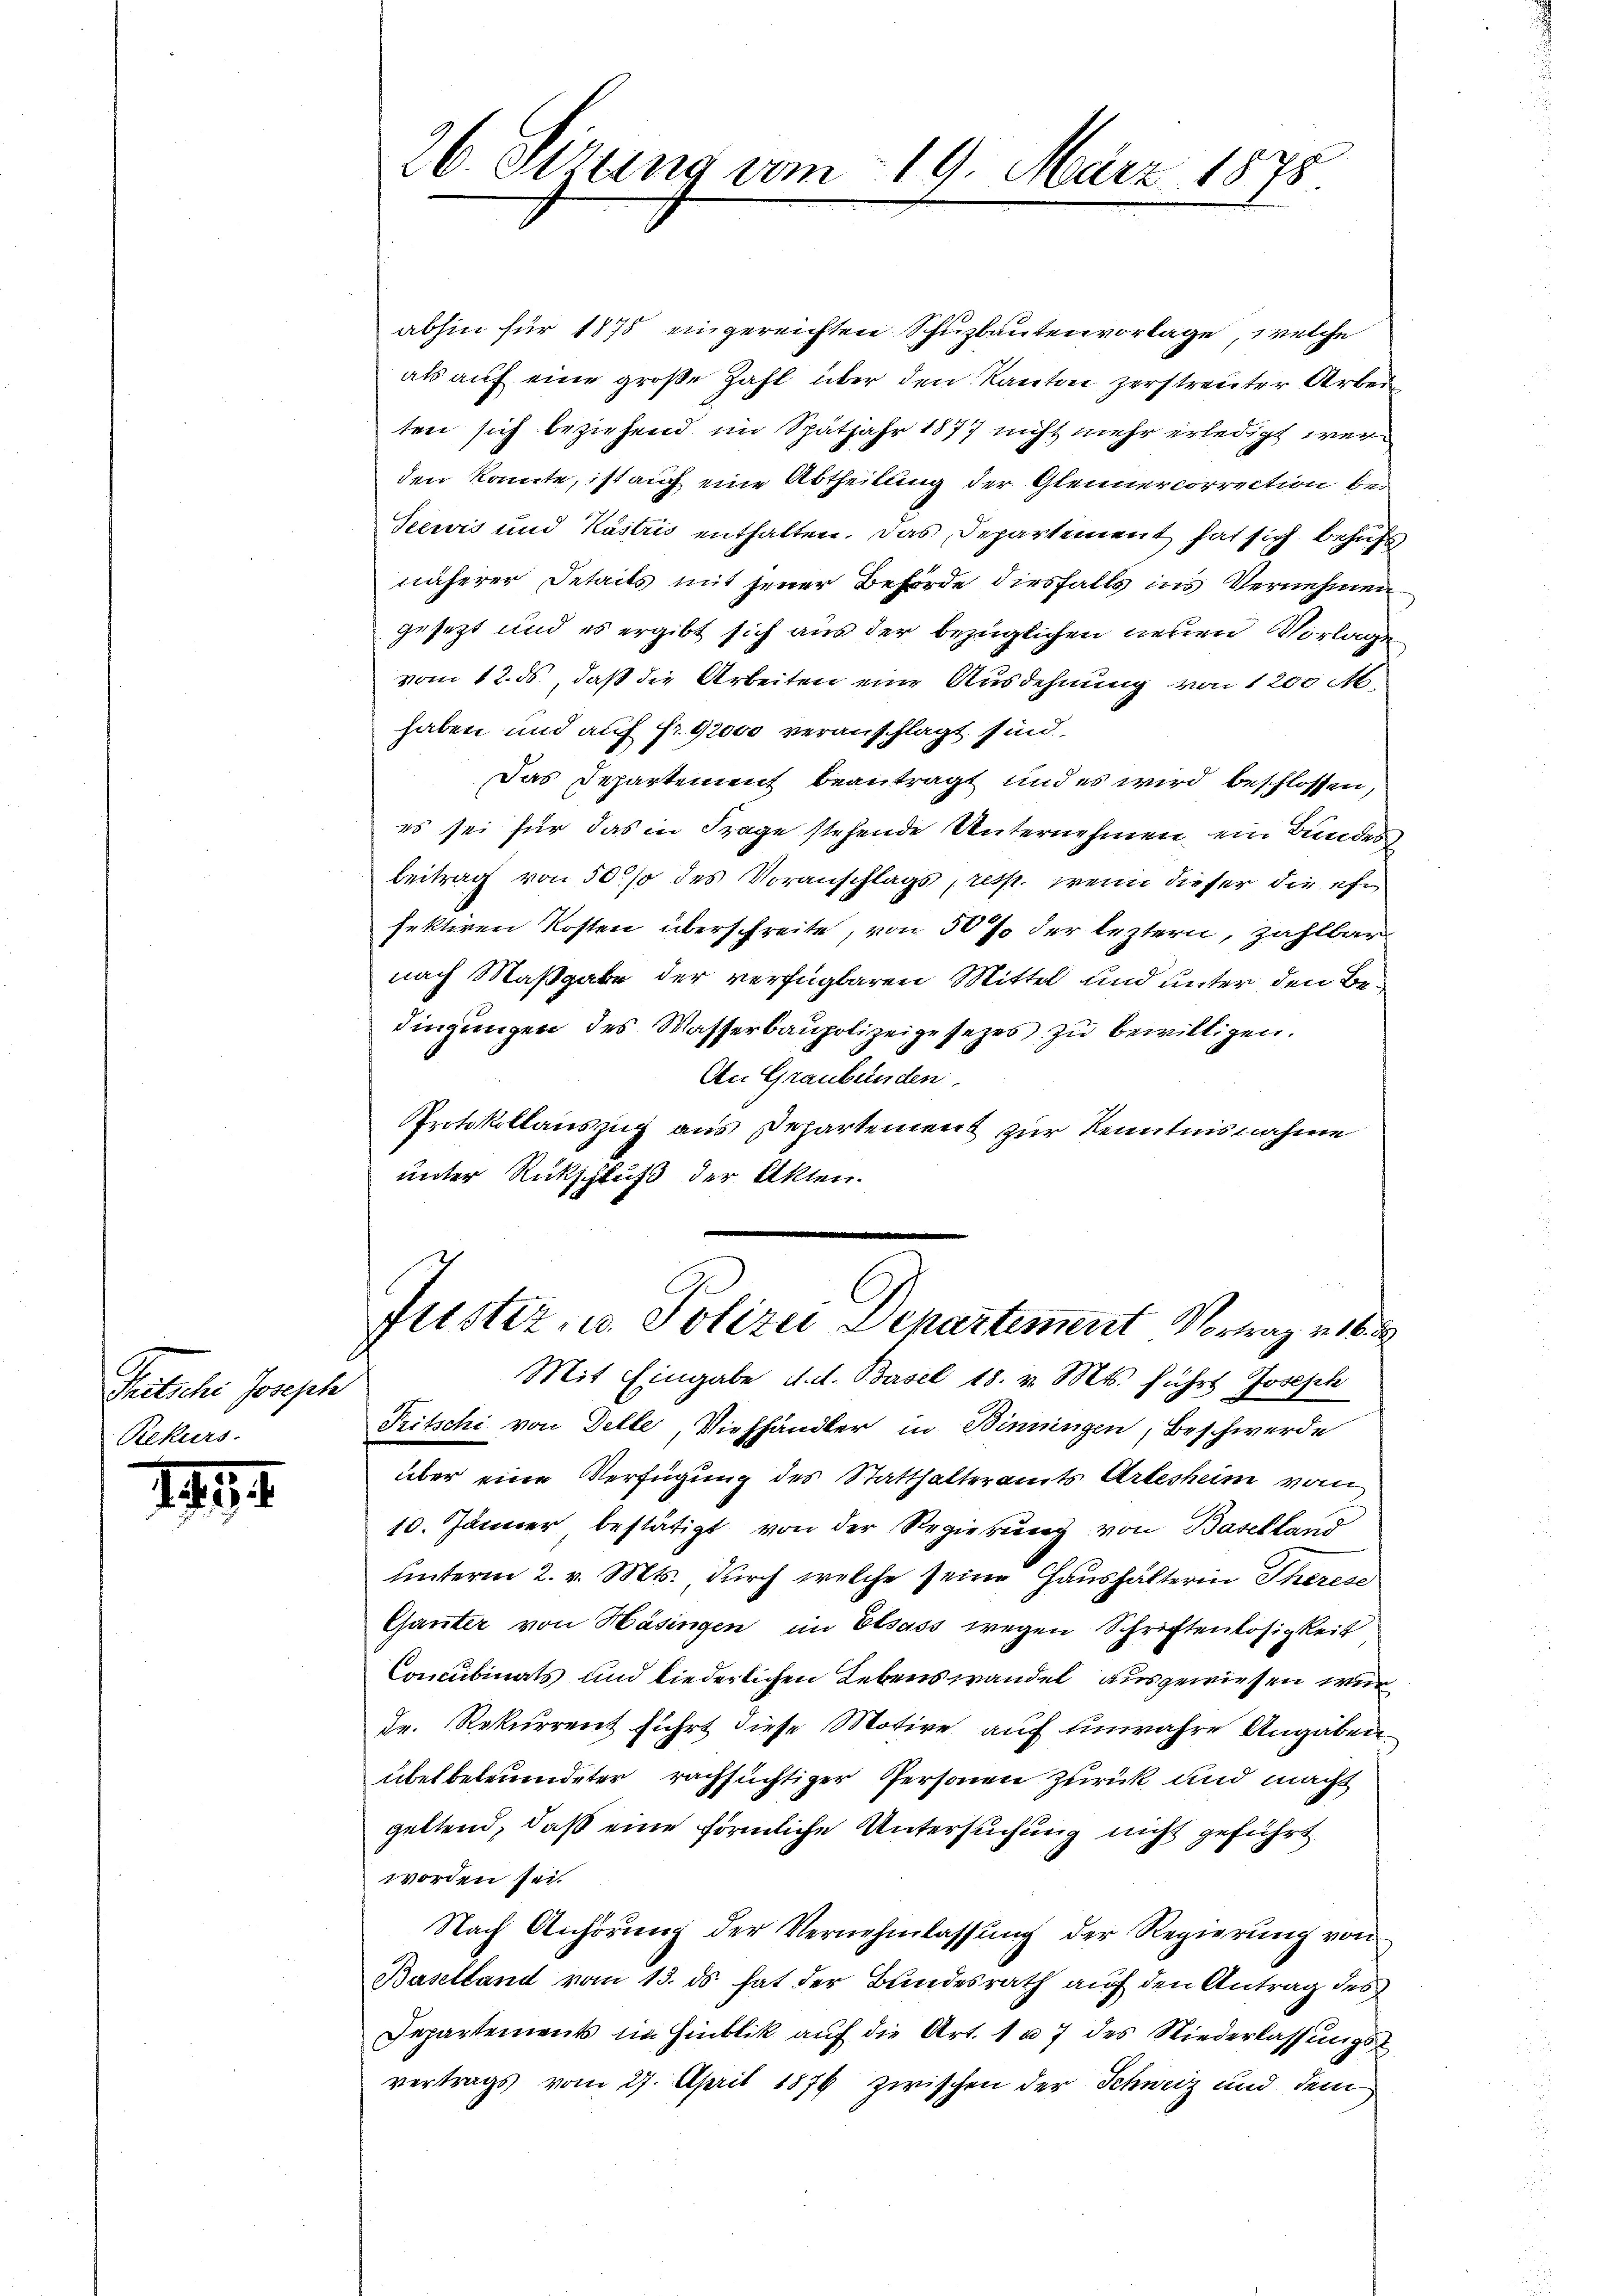
Peitschi Joseph
Rekurs

194

26. Situng vom 19. März 1875.

abhin für 1875 eingereichten Schuzbautenvorlage, welche
als auf eine große Zahl über den Kanton zerstreuter Arbeiten sich beziehend im Spätjahr 1877 nicht mehr erledigt werden konnte, ist auf eine Abtheilung der Gleinercorrection bei
Seewis und Kastris enthalten. Das Departement hat sich behufs
näherer Detaits mit jener Behörde diesfalls ins Vernehmen
gesezt und es ergibt sich aus der bezüglichen neuen Vorlage
vom 12. ds., daß die Arbeiten eine Ausdehnung von 1200 M.
haben und auf fr. 9000 veranschlagt sind,
Das Departement beantragt und es wird beschlossen,
es sei für das in Frage stehende Unternehmen, ein Bundes
beitrag von 50 % des Voranschlags, resp. wenn dieser die ehe
fektiren Kosten überschreite, von 50 % der leztern, zahlbar
nach Maßgabe der verfügbaren Mittel und unter den Bedingungen des Wasserbaupolizeigesezes zu bewilligen.
An Graubünden.
Protokollauszug aus Departement zur Kenntnisnahme
unter Rückschluß der Akten.
Justiz, u. Polizei Departement Vortrag v. 16.
Mit Eingabe d. d. Basel 18. v. Mts. fuhrs Joseph
Tritschi von Delle, Viehhändler in Binningen, Beschwerde
über eine Verfügung des Statthalteramts Arlesheim vom
10. Jänner bestätigt von der Regierung von Baselland
unterm 2. v. Mts. durch welche seine Haushalterin Theress
Ganter von Häsingen im Elsass wegen Schriftenlosigkeit
Concubinats und liederlichen Lebenswandel ausgewiesen wur¬
Dr. Rekurrent führt diese Motive auf unwahre Angaben
übetbeleumdeter rachsüchtiger Personen zurück und macht
geltend, daß eine förmliche Untersuchung nicht geführt
worden sei.
Nach Anhörŭng der Vernehmlassŭng der Regierŭng von
Baselland vom 13. ds hat der Bundesrath auf den Antrag des
Departements im Hinblik auf die Art. 1 u. 7 des Niederlassungs
vertrags vom 27. April 1876 zwischen der Schweiz und dem